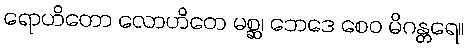
ရောဟိတော လောဟိတေ မစ္ဆ၊ ဘေဒေ စေဝ မိဂန္တရေ။